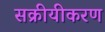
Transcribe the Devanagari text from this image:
सक्रीयीकरण